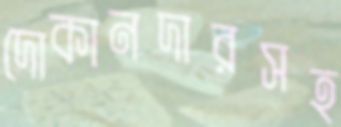
দোকানদারসহ